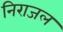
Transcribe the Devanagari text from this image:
निराजल